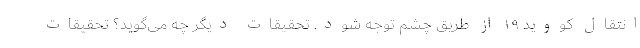
انتقال کووید ۱۹ از طریق چشم توجه شود. تحقیقات دیگر چه می‌گوید؟ تحقیقات